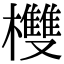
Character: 欆